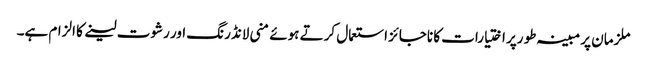
ملزمان پر مبینہ طو رپر اختیارات کا ناجائز استعمال کرتے ہوئے منی لانڈرنگ اور رشوت لینے کا الزام ہے۔